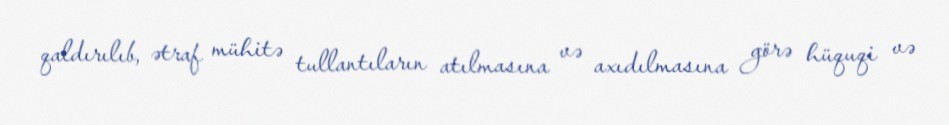
qaldırılıb, ətraf mühitə tullantıların atılmasına və axıdılmasına görə hüquqi və